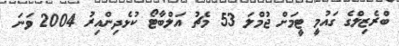
ބްރެޒިލްގެ ގައުމީ ޓީމަށް ޖުމްލަ 53 މެޗު އަލްބާޓޯ ކުޅެދިންއިރު 2004 ވަނަ